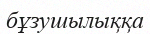
бұзушылыққа